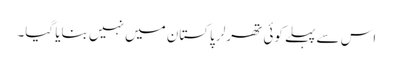
اس سے پہلے کوئی تھرلر پاکستان میں نہیں بنایا گیا۔